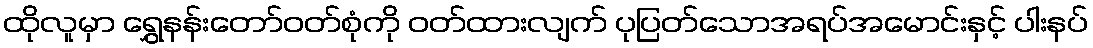
ထိုလူမှာ ရွှေနန်းတော်ဝတ်စုံကို ဝတ်ထားလျက် ပုပြတ်သောအရပ်အမောင်းနှင့် ပါးနပ်